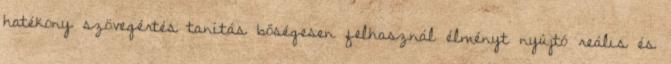
hatékony szövegértés tanítás bőségesen felhasznál élményt nyújtó reális és